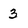
Character: 3